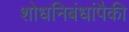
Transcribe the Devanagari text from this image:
शोधनिबंधांपैकी